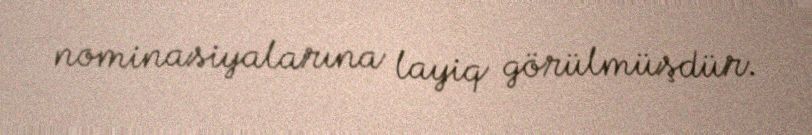
nominasiyalarına layiq görülmüşdür.